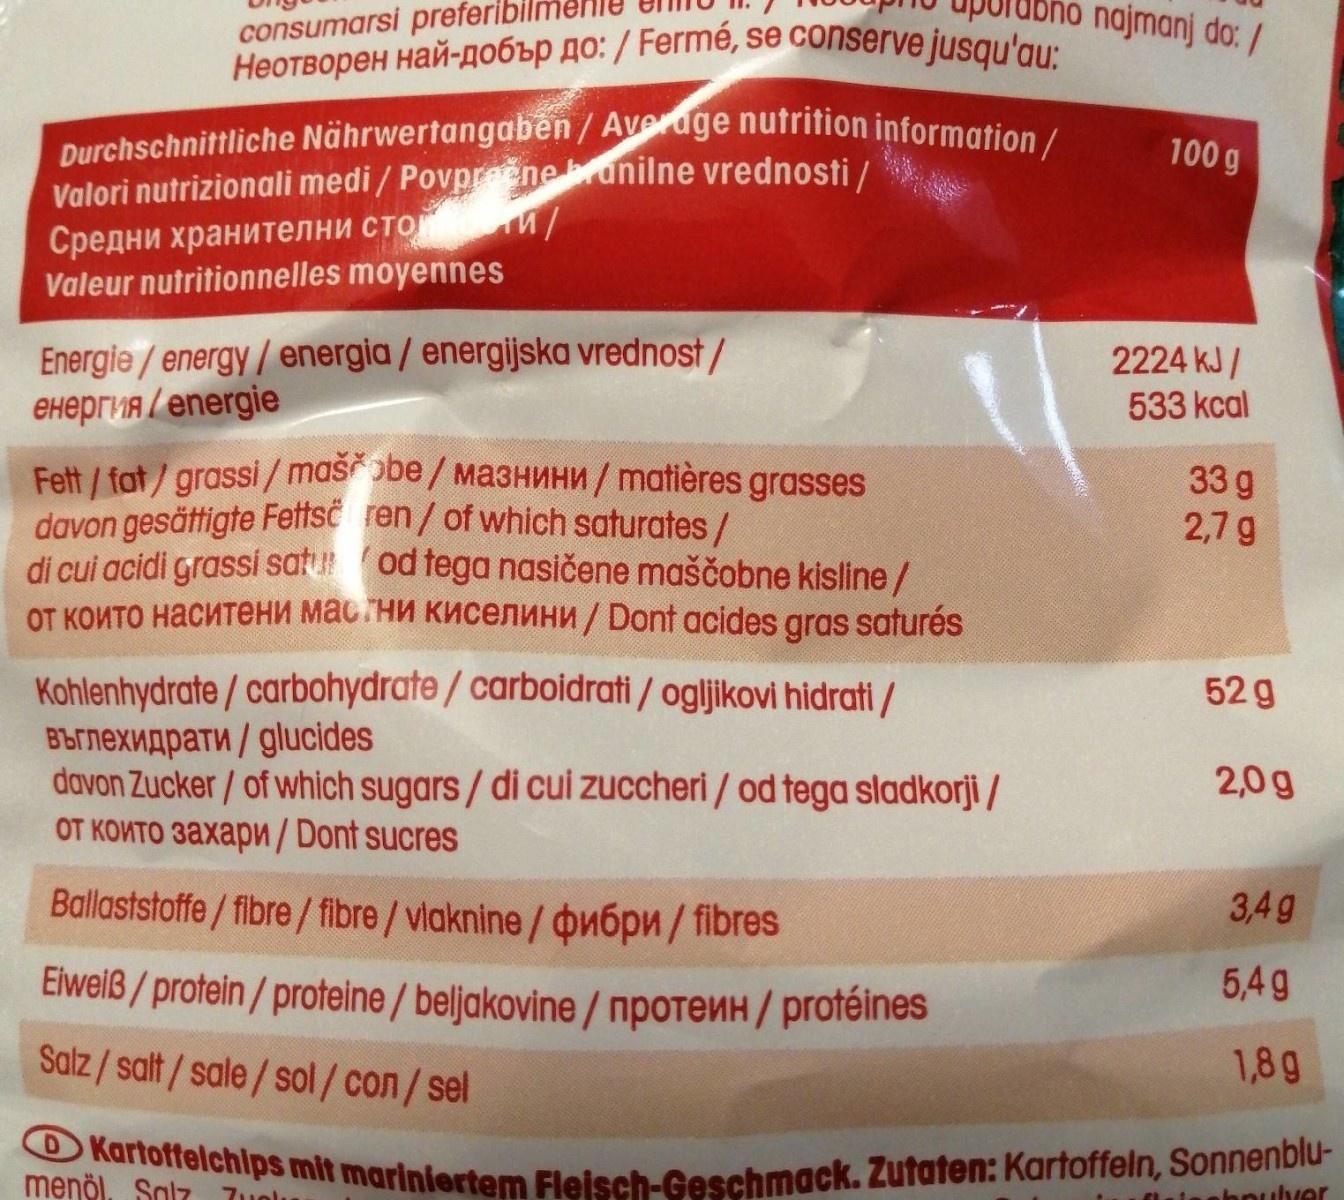
upolubno najmanj do: /
consumarsi preferibilm
HeoTBOpeH Haň-A06bP 4o: / Fermé, se conserve jusqu'au:
Durchschnittliche Nährwertangaben / Average nutrition information/ Valori nutrizionali medi / Povpreneranilne vrednosti / Средни хранителни сто / Valeur nutritionnelles moyennes
100 g
Energle/energy / energia / energijska vrednost/ енергия /energie
2224 kJ / 533 kcal
Fett / fat/grassi/ masobe/MA3HWH/matières grasses davon gesättigte Fettsë ren/ of which saturates/ di cui acidi grassi satu od tega nasičene maščobne kisline / от които наситени мас ни киселини / Dont acides gras satures
33 g 2,7 g
Kohlenhydrate / carbohydrate / carboidrati / ogljikovi hidrati / вылехидрати / glucides davon Zucker/ of which sugars / di cui zuccheri / od tega sladkorji / от които захари / Dont sucres
52 g
2,0 g
Ballaststoffe/ filbre/fibre/vlaknine/ þu6pn / fibres
3,4g
Eiweiß / protein/proteine / beljakovine / npotenH/ protéines
5,4g
Salz/salt/sale/sol/con/sel
1,8g
O Kartoffelchips mit mariniertem Fleisch-Geschmack. Zutaten: Kartoffeln, Sonnenblu-
menöl, Solz Zuolu
nhnulver